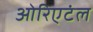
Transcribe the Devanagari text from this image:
ओरिएटंल